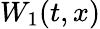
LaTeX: W_{1}(t,x)